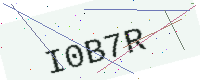
Text: I0B7R